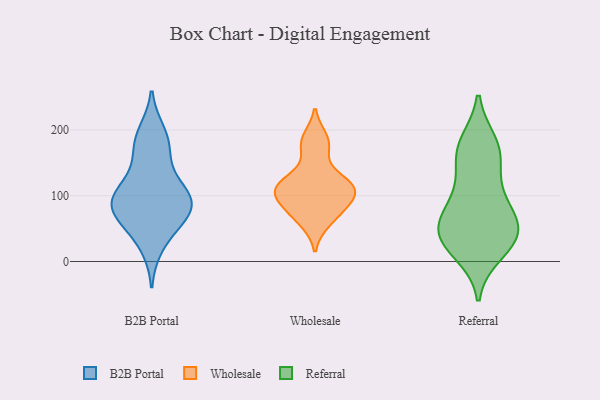
{"axis": {"x": "Budget (USD K)", "y": "Value"}, "legend": ["B2B Portal", "Referral", "Wholesale"], "data": [{"x": "", "y": 97, "type": "B2B Portal"}, {"x": "", "y": 24, "type": "B2B Portal"}, {"x": "", "y": 73, "type": "B2B Portal"}, {"x": "", "y": 50, "type": "B2B Portal"}, {"x": "", "y": 71, "type": "B2B Portal"}, {"x": "", "y": 97, "type": "B2B Portal"}, {"x": "", "y": 174, "type": "B2B Portal"}, {"x": "", "y": 143, "type": "B2B Portal"}, {"x": "", "y": 107, "type": "B2B Portal"}, {"x": "", "y": 183, "type": "B2B Portal"}, {"x": "", "y": 100, "type": "B2B Portal"}, {"x": "", "y": 78, "type": "B2B Portal"}, {"x": "", "y": 195, "type": "B2B Portal"}, {"x": "", "y": 88, "type": "B2B Portal"}, {"x": "", "y": 84, "type": "Wholesale"}, {"x": "", "y": 112, "type": "Wholesale"}, {"x": "", "y": 172, "type": "Wholesale"}, {"x": "", "y": 79, "type": "Wholesale"}, {"x": "", "y": 128, "type": "Wholesale"}, {"x": "", "y": 59, "type": "Wholesale"}, {"x": "", "y": 102, "type": "Wholesale"}, {"x": "", "y": 109, "type": "Wholesale"}, {"x": "", "y": 188, "type": "Wholesale"}, {"x": "", "y": 116, "type": "Wholesale"}, {"x": "", "y": 179, "type": "Referral"}, {"x": "", "y": 101, "type": "Referral"}, {"x": "", "y": 28, "type": "Referral"}, {"x": "", "y": 163, "type": "Referral"}, {"x": "", "y": 174, "type": "Referral"}, {"x": "", "y": 42, "type": "Referral"}, {"x": "", "y": 99, "type": "Referral"}, {"x": "", "y": 153, "type": "Referral"}, {"x": "", "y": 72, "type": "Referral"}, {"x": "", "y": 53, "type": "Referral"}, {"x": "", "y": 38, "type": "Referral"}, {"x": "", "y": 37, "type": "Referral"}, {"x": "", "y": 57, "type": "Referral"}, {"x": "", "y": 14, "type": "Referral"}]}